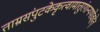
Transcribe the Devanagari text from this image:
ताम्रसंपुटकेकृत्वामातुरंगान्यथोवहेत्